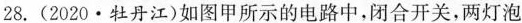
均发光，且两个完全相同的电流表指针偏转均如图乙所